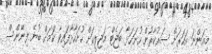
މިއަންނަ އަހަރަށް ސަރުކާރުން ހުށަހަޅާ ބަޖެޓް މަޖިލީހަށް ހުށަހާޅާފައިވާ ކަމަށް ބުނެ ފިނޭންސް